Vaccination in Bombay 1924-1928 - 1924-1928
Year: 1924
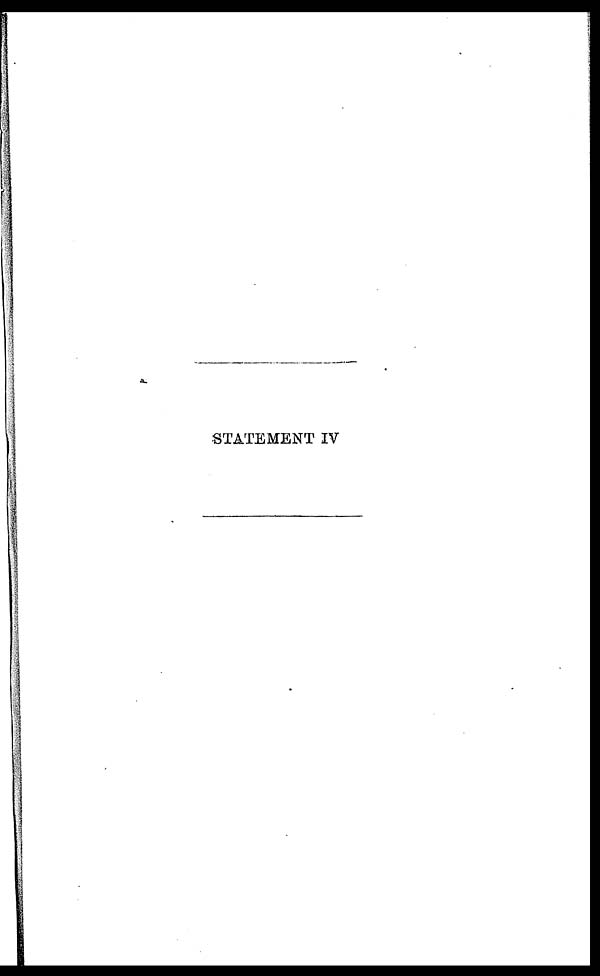
STATEMENT IV